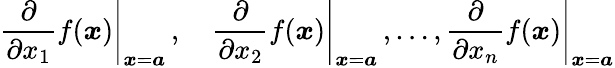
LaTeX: \left.{\frac{\partial}{\partial x_{1}}}f({\boldsymbol{x}})\right|_{{\boldsymbol{x}}={\boldsymbol{a}}}\, ,\quad\left.{\frac{\partial}{\partial x_{2}}}f({\boldsymbol{x}})\right|_{{\boldsymbol{x}}={\boldsymbol{a}}}\, ,\ldots,\left.{\frac{\partial}{\partial x_{n}}}f({\boldsymbol{x}})\right|_{{\boldsymbol{x}}={\boldsymbol{a}}}